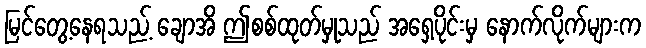
မြင်တွေ့နေရသည့် ချောအိ ဤစစ်ထုတ်မှုသည် အရှေ့ပိုင်းမှ နောက်လိုက်များက